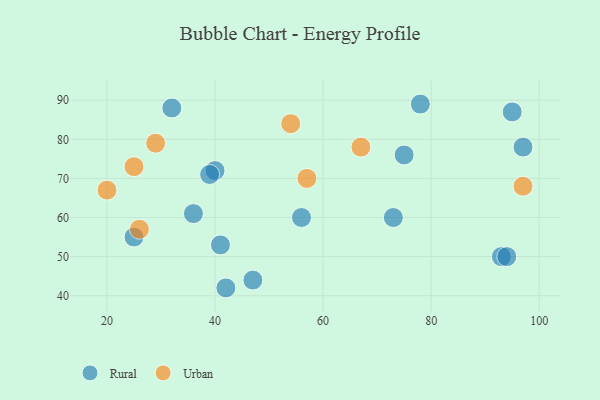
{"axis": {"x": "GDP", "y": "Life Expectancy"}, "legend": ["Rural", "Urban"], "data": [{"x": "75", "y": 76, "type": "Rural"}, {"x": "93", "y": 50, "type": "Rural"}, {"x": "42", "y": 42, "type": "Rural"}, {"x": "95", "y": 87, "type": "Rural"}, {"x": "97", "y": 78, "type": "Rural"}, {"x": "32", "y": 88, "type": "Rural"}, {"x": "94", "y": 50, "type": "Rural"}, {"x": "56", "y": 60, "type": "Rural"}, {"x": "40", "y": 72, "type": "Rural"}, {"x": "47", "y": 44, "type": "Rural"}, {"x": "39", "y": 71, "type": "Rural"}, {"x": "73", "y": 60, "type": "Rural"}, {"x": "25", "y": 55, "type": "Rural"}, {"x": "41", "y": 53, "type": "Rural"}, {"x": "36", "y": 61, "type": "Rural"}, {"x": "78", "y": 89, "type": "Rural"}, {"x": "25", "y": 73, "type": "Urban"}, {"x": "29", "y": 79, "type": "Urban"}, {"x": "97", "y": 68, "type": "Urban"}, {"x": "67", "y": 78, "type": "Urban"}, {"x": "20", "y": 67, "type": "Urban"}, {"x": "54", "y": 84, "type": "Urban"}, {"x": "57", "y": 70, "type": "Urban"}, {"x": "26", "y": 57, "type": "Urban"}]}